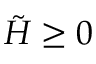
\tilde { H } \geq 0